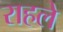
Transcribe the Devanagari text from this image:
राहले